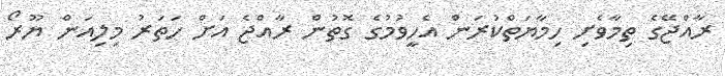
ރާއްޖޭގެ ތިމާވެށި ހިމާޔަތްކުރަން އެހީވުމުގެ ގޮތުން ރާއްޖެ އަށް ހަތަރު މިލިއަން ޔޫރޯ